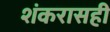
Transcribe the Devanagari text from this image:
शंकरासही